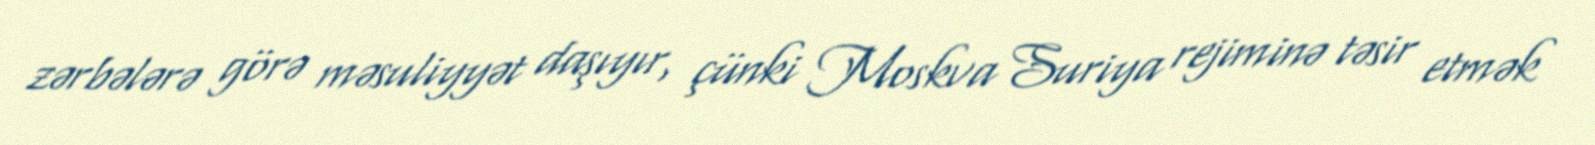
zərbələrə görə məsuliyyət daşıyır, çünki Moskva Suriya rejiminə təsir etmək